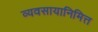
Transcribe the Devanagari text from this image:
व्यवसायानिमित्त